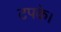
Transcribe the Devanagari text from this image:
टपके।